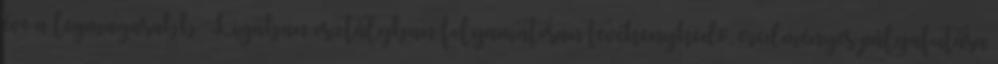
éve a legmagasabb Ligában osztályban folyamatosan tevékenykedő, eredményes pályafutása